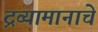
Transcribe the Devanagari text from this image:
द्रव्यामानाचे